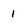
Character: 1